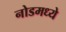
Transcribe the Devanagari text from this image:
नोडमध्ये